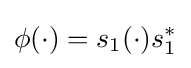
\phi (\cdot )=s_{1}(\cdot )s_{1}^{*}